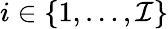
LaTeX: i\in\{ 1,\ldots,\mathcal{I}\}